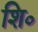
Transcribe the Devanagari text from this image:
शि०